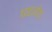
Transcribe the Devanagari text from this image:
घडतोय